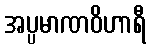
အပ္ပမာဏဝိဟာရီ